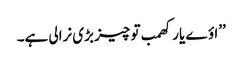
’’اؤے یار کھمب تو چیز بڑی نرالی ہے۔